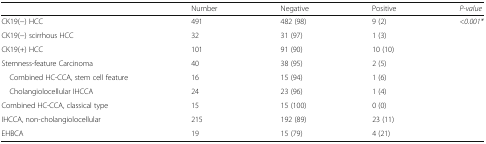
<table><thead><tr><td></td><td><b>Number</b></td><td><b>Negative</b></td><td><b>Positive</b></td><td><b><i>P-value</i></b></td></tr></thead><tbody><tr><td>CK19(−) HCC</td><td>491</td><td>482 (98)</td><td>9 (2)</td><td><i>&lt;0.001*</i></td></tr><tr><td>CK19(−) scirrhous HCC</td><td>32</td><td>31 (97)</td><td>1 (3)</td><td></td></tr><tr><td>CK19(+) HCC</td><td>101</td><td>91 (90)</td><td>10 (10)</td><td></td></tr><tr><td>Stemness-feature Carcinoma</td><td>40</td><td>38 (95)</td><td>2 (5)</td><td></td></tr><tr><td> Combined HC-CCA, stem cell feature</td><td>16</td><td>15 (94)</td><td>1 (6)</td><td></td></tr><tr><td> Cholangiolocellular IHCCA</td><td>24</td><td>23 (96)</td><td>1 (4)</td><td></td></tr><tr><td>Combined HC-CCA, classical type</td><td>15</td><td>15 (100)</td><td>0 (0)</td><td></td></tr><tr><td>IHCCA, non-cholangiolocellular</td><td>215</td><td>192 (89)</td><td>23 (11)</td><td></td></tr><tr><td>EHBCA</td><td>19</td><td>15 (79)</td><td>4 (21)</td><td></td></tr></tbody></table>